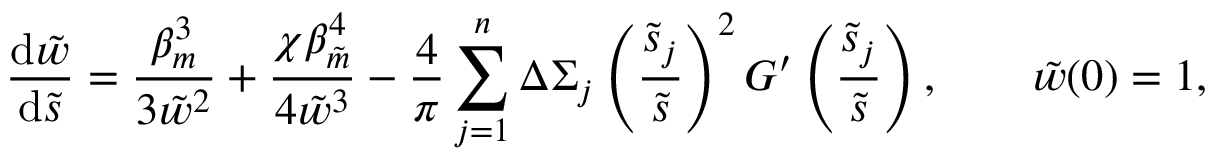
\frac { \mathrm { d } \tilde { w } } { \mathrm { d } \tilde { s } } = \frac { \beta _ { m } ^ { 3 } } { 3 \tilde { w } ^ { 2 } } + \frac { \chi \beta _ { \tilde { m } } ^ { 4 } } { 4 \tilde { w } ^ { 3 } } - \frac { 4 } { \pi } \sum _ { j = 1 } ^ { n } \Delta \Sigma _ { j } \left( \frac { \tilde { s } _ { j } } { \tilde { s } } \right) ^ { 2 } G ^ { \prime } \left( \frac { \tilde { s } _ { j } } { \tilde { s } } \right) , \qquad \tilde { w } ( 0 ) = 1 ,